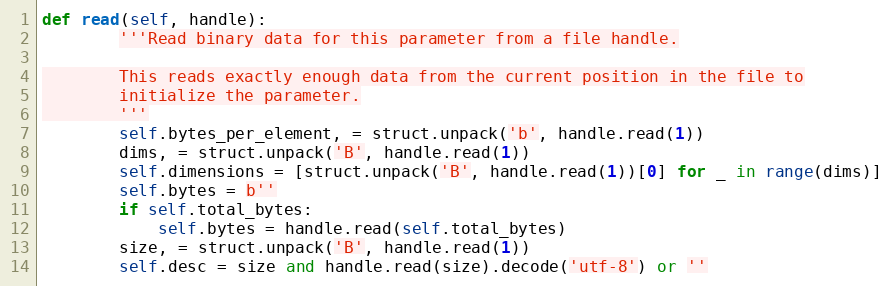
Language: Python
def read(self, handle):
        '''Read binary data for this parameter from a file handle.

        This reads exactly enough data from the current position in the file to
        initialize the parameter.
        '''
        self.bytes_per_element, = struct.unpack('b', handle.read(1))
        dims, = struct.unpack('B', handle.read(1))
        self.dimensions = [struct.unpack('B', handle.read(1))[0] for _ in range(dims)]
        self.bytes = b''
        if self.total_bytes:
            self.bytes = handle.read(self.total_bytes)
        size, = struct.unpack('B', handle.read(1))
        self.desc = size and handle.read(size).decode('utf-8') or ''